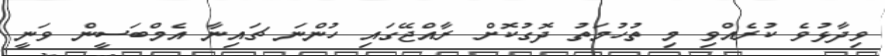
ވިދާޅުވެ ކުރެއްވި މި ތުހުމަތު ދޮގުކޮށް ރާއްޖޭގައި ހުންނަ ޗައިނާ އެމްބަސީން ވަނީ